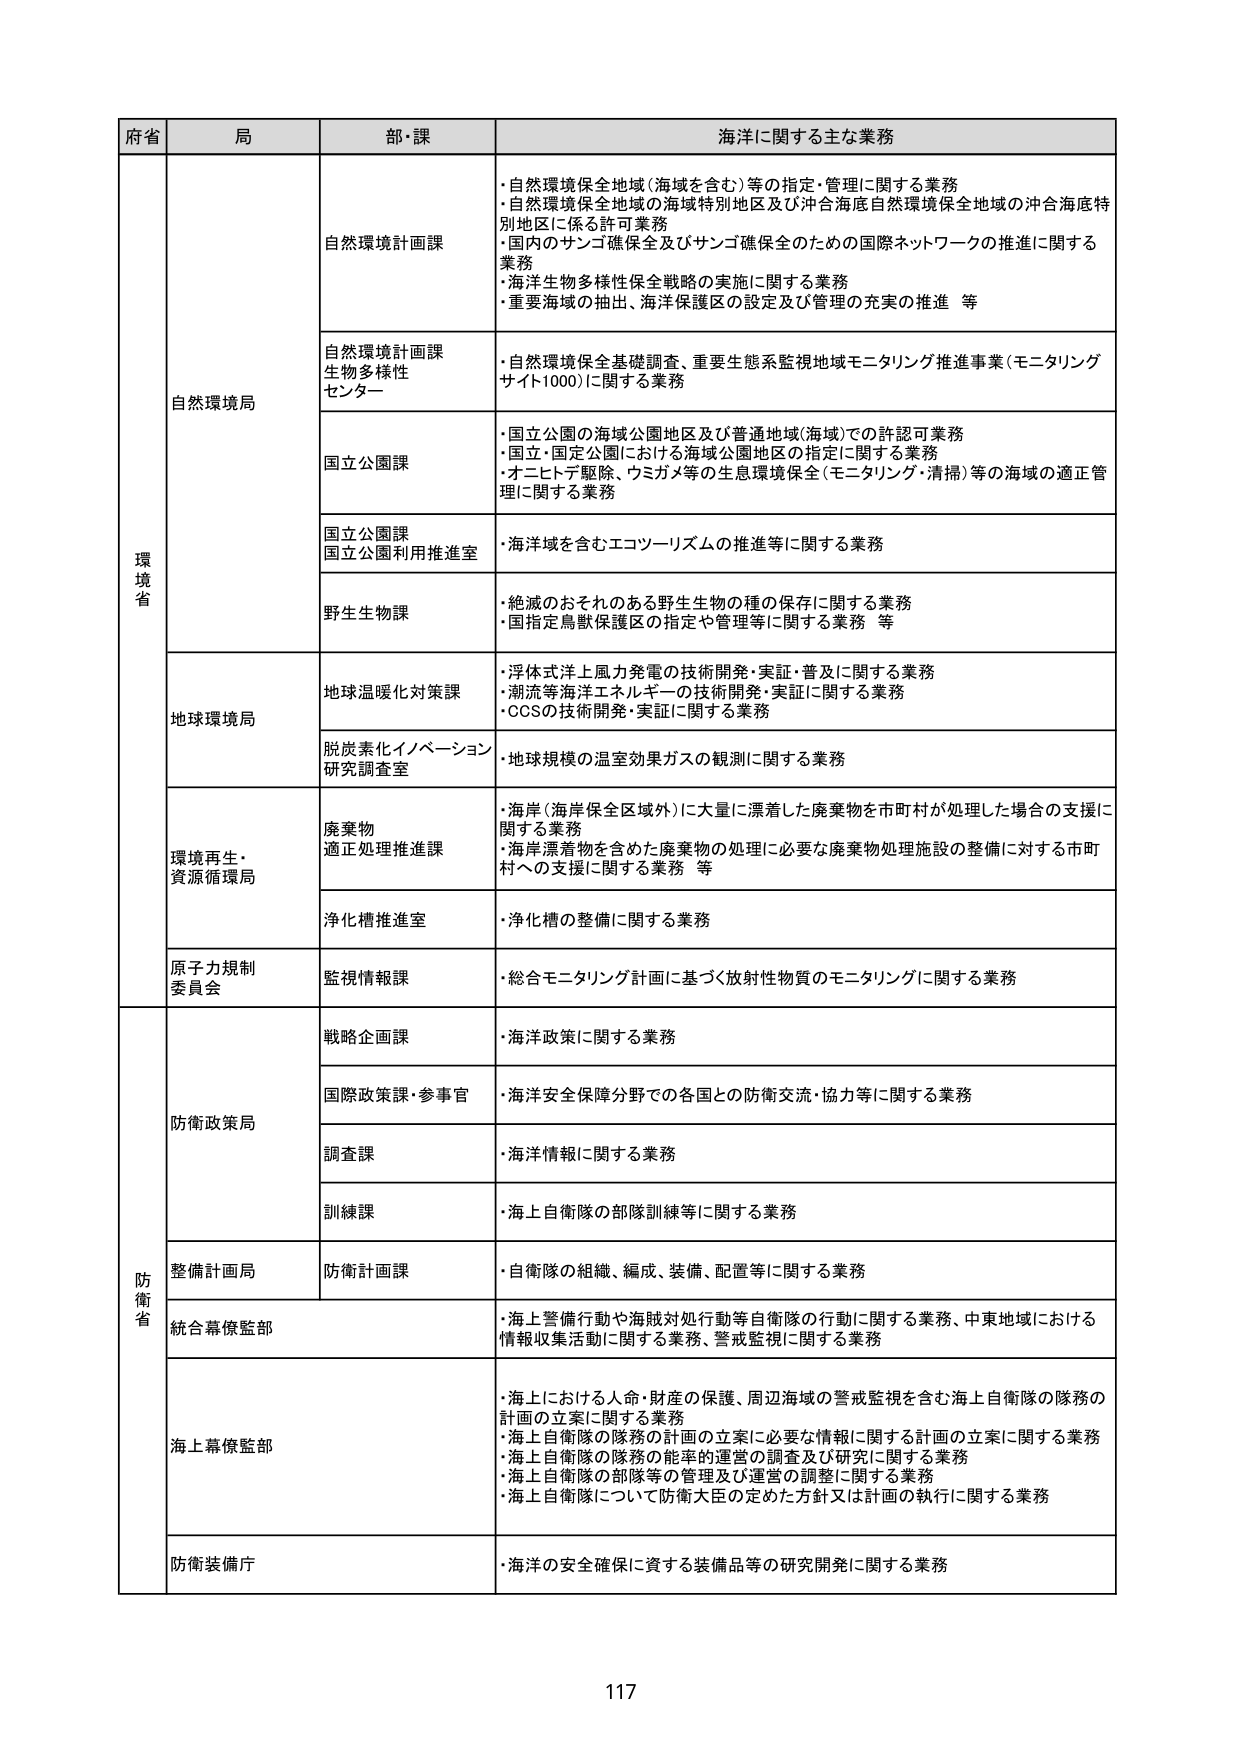
府省 局 部・課 海洋に関する主な業務
環境省 自然環境局 自然環境計画課 ・自然環境保全地域（海域を含む）等の指定・管理に関する業務
・自然環境保全地域の海域特別地区及び沖合海底自然環境保全地域の沖合海底特別地区に係る許可業務
・国内のサンゴ礁保全及びサンゴ礁保全のための国際ネットワークの推進に関する業務
・海洋生物多様性保全戦略の実施に関する業務
・重要海域の抽出、海洋保護区の設定及び管理の充実の推進 等
自然環境計画課 生物多様性センター ・自然環境保全基礎調査、重要生態系監視地域モニタリング推進事業（モニタリングサイト1000）に関する業務
国立公園課 ・国立公園の海域公園地区及び普通地域（海域）での許認可業務
・国立・国定公園における海域公園地区の指定に関する業務
・オニヒトデ駆除、ウミガメ等の生息環境保全（モニタリング・清掃）等の海域の適正管理に関する業務
国立公園課 国立公園利用推進室 ・海洋域を含むエコツーリズムの推進等に関する業務
野生生物課 ・絶滅のおそれのある野生生物の種の保存に関する業務
・国指定鳥獣保護区の指定や管理等に関する業務 等
地球環境局 地球温暖化対策課 ・浮体式洋上風力発電の技術開発・実証・普及に関する業務
・潮流等海洋エネルギーの技術開発・実証に関する業務
・CCSの技術開発・実証に関する業務
脱炭素化イノベーション研究調査室 ・地球規模の温室効果ガスの観測に関する業務
環境再生・資源循環局 廃棄物適正処理推進課 ・海岸（海岸保全区域外）に大量に漂着した廃棄物を市町村が処理した場合の支援に関する業務
・海岸漂着物を含めた廃棄物の処理に必要な廃棄物処理施設の整備に対する市町村への支援に関する業務 等
浄化槽推進室 ・浄化槽の整備に関する業務
原子力規制委員会 監視情報課 ・総合モニタリング計画に基づく放射性物質のモニタリングに関する業務
防衛省 防衛政策局 戦略企画課 ・海洋政策に関する業務
国際政策課・参事官 ・海洋安全保障分野での各国との防衛交流・協力等に関する業務
調査課 ・海洋情報に関する業務
訓練課 ・海上自衛隊の部隊訓練等に関する業務
整備計画局 防衛計画課 ・自衛隊の組織、編成、装備、配置等に関する業務
統合幕僚監部 ・海上警備行動や海賊対処行動等自衛隊の行動に関する業務、中東地域における情報収集活動に関する業務、警戒監視に関する業務
海上幕僚監部 ・海上における人命・財産の保護、周辺海域の警戒監視を含む海上自衛隊の隊務の計画の立案に関する業務
・海上自衛隊の隊務の計画の立案に必要な情報に関する計画の立案に関する業務
・海上自衛隊の隊務の能率的運営の調査及び研究に関する業務
・海上自衛隊の部隊等の管理及び運営の調整に関する業務
・海上自衛隊について防衛大臣の定めた方針又は計画の執行に関する業務
防衛装備庁 ・海洋の安全確保に資する装備品等の研究開発に関する業務
117